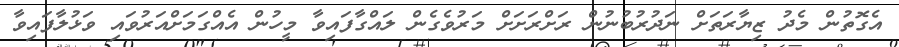
އެގޮތުން މެދު ޒިޔާރަތަށް ނަދުރުބުނުން ރަށްރަށަށް މަރުވެގެން ލައްގާފައިވާ މީހުން އެއްގަމަށްއަރުވައި ވަޅުލާފައިވާ